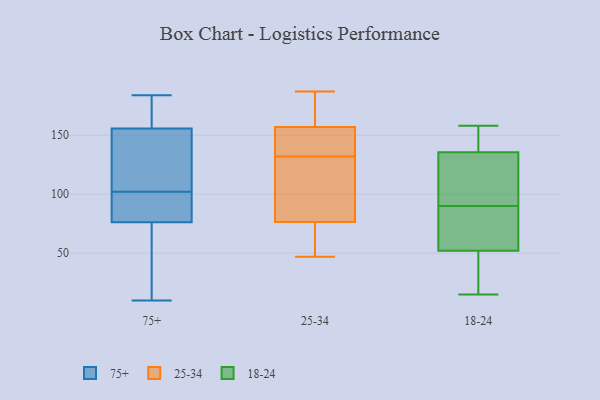
{"axis": {"x": "Tickets Resolved", "y": "Value"}, "legend": ["18-24", "25-34", "75+"], "data": [{"x": "", "y": 113, "type": "75+"}, {"x": "", "y": 184, "type": "75+"}, {"x": "", "y": 157, "type": "75+"}, {"x": "", "y": 166, "type": "75+"}, {"x": "", "y": 102, "type": "75+"}, {"x": "", "y": 18, "type": "75+"}, {"x": "", "y": 88, "type": "75+"}, {"x": "", "y": 10, "type": "75+"}, {"x": "", "y": 145, "type": "75+"}, {"x": "", "y": 76, "type": "75+"}, {"x": "", "y": 168, "type": "75+"}, {"x": "", "y": 54, "type": "75+"}, {"x": "", "y": 162, "type": "75+"}, {"x": "", "y": 105, "type": "75+"}, {"x": "", "y": 91, "type": "75+"}, {"x": "", "y": 77, "type": "75+"}, {"x": "", "y": 87, "type": "75+"}, {"x": "", "y": 18, "type": "75+"}, {"x": "", "y": 152, "type": "75+"}, {"x": "", "y": 73, "type": "25-34"}, {"x": "", "y": 77, "type": "25-34"}, {"x": "", "y": 137, "type": "25-34"}, {"x": "", "y": 47, "type": "25-34"}, {"x": "", "y": 153, "type": "25-34"}, {"x": "", "y": 132, "type": "25-34"}, {"x": "", "y": 138, "type": "25-34"}, {"x": "", "y": 187, "type": "25-34"}, {"x": "", "y": 100, "type": "25-34"}, {"x": "", "y": 75, "type": "25-34"}, {"x": "", "y": 77, "type": "25-34"}, {"x": "", "y": 170, "type": "25-34"}, {"x": "", "y": 169, "type": "25-34"}, {"x": "", "y": 151, "type": "18-24"}, {"x": "", "y": 117, "type": "18-24"}, {"x": "", "y": 95, "type": "18-24"}, {"x": "", "y": 158, "type": "18-24"}, {"x": "", "y": 130, "type": "18-24"}, {"x": "", "y": 15, "type": "18-24"}, {"x": "", "y": 141, "type": "18-24"}, {"x": "", "y": 30, "type": "18-24"}, {"x": "", "y": 147, "type": "18-24"}, {"x": "", "y": 107, "type": "18-24"}, {"x": "", "y": 61, "type": "18-24"}, {"x": "", "y": 85, "type": "18-24"}, {"x": "", "y": 66, "type": "18-24"}, {"x": "", "y": 29, "type": "18-24"}, {"x": "", "y": 43, "type": "18-24"}, {"x": "", "y": 71, "type": "18-24"}]}